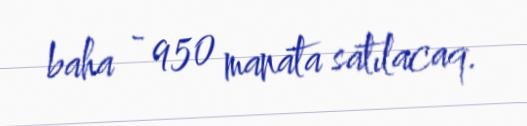
baha - 950 manata satılacaq.